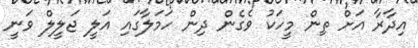
އިދާރާ އަށް ތިން މީހަކު ވެގެން ދިން ހަމަލާގައި އަލީ ޖަލީލް ވަނީ